[Report on the health of British troops in the Madras command]
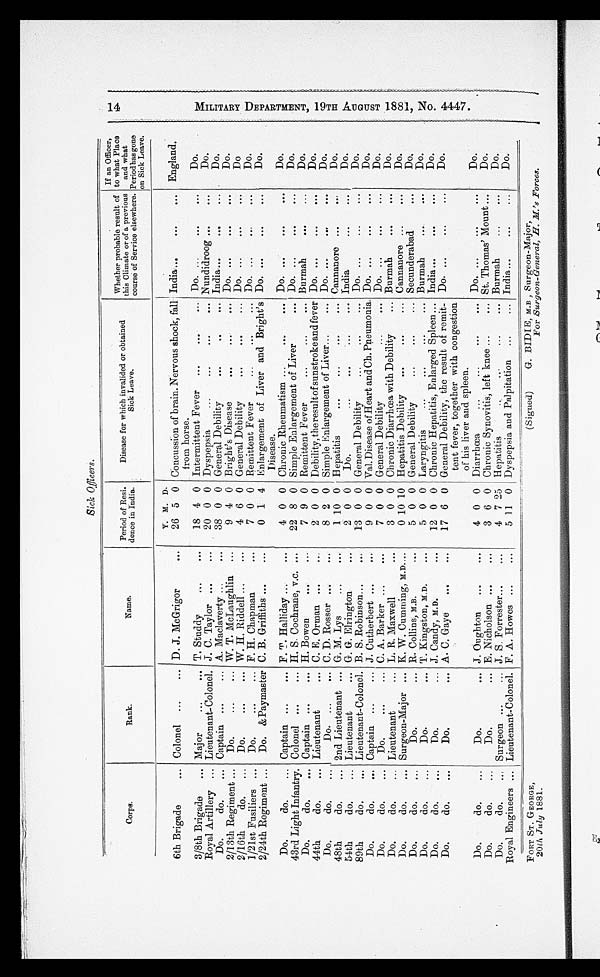
Sick Officers.
Corps.
Rank.
Name.
Period of Resi.
dence in India.
Disease for which invalided or obtained
Sick Leave.
Whether probable result of
this Climate or of a previous
course of Service elsewhere.
If an Officer,
to what Place
and what
Periodhas gone
on Sick Leave.
M I L I T A R Y D E P A R T M E N T , 1 9 T H A U G U S T 1 8 8 1 , N O . 4 4 4 7 .
6th Brigade
... Colonel ...
... D . J. McGrigor
...
Y.
26
M.
5
D.
0 Concussion of brain.
from horse.
Intermittent Fever
Nervous shock, fall India ...
...
... England.
3/8th Brigade
...
Major
...
...
T. Studdy
...
...
18 4 0
...
...
... Do. ...
...
...
Do.
Royal Artillery ...
Lieutenant-Colonel, J. C. Taylor ...
...
20 0 0 Dyspepsia
...
...
...
... Nundidroog ...
...
Do.
Do.
do.
Captain ...
... A. Maclaverty ...
...
38 0 0 General Debility
...
...
... India...
...
...
Do.
2/13th Regiment ...
Do.
...
...
W. T. McLaughlin ...
9 4 0 Bright's Disease
...
...
... Do. ...
...
...
Do.
2/16th
do. . . .
Do.
...
...
W. H. Riddell
...
...
4 6 0 General Debility
...
...
... Do. ...
...
...
Do.
1/21st Fusiliers ...
Do.
...
...
F. H. Chapman
...
7 0 0 Remittent Fever
... ...
... Do. ... ...
...
Do.
2/24th Regiment ...
Do. &Paymaster C. B. Griffiths ...
...
0 1 4 Enlargement of Liver and Bright's
Disease.
Do. ...
...
...
Do.
Do.
do.
...
Captain
...
...
F. T. Halliday ...
...
4 0 0 Chronic Rheumatism ...
...
... Do. ...
...
...
Do.
43rd Light Infantry. Colonel
...
...
...
... H. S. Cochrane, v.c. ...
22 8 0 Simple Enlargement of Liver
... Do. ...
...
...
Do.
Do.
do.
... Captain ...
... H. Bowen
...
...
7 9 0 Remittent Fever
...
...
... Burmah
...
...
Do.
44th
do.
...
Lieutenant
... C. E. Orman ...
...
2 0 0 Debility, the result of sunstroke and fever Do. ...
...
...
Do.
Do.
do.
...
Do.
...
...
C. D. Rosser
... ...
8 2 0 Simple Enlargement of Liver...
... Do. ...
...
...
Do.
48th
do.
...
2nd Lieutenant
...
... G. M. Lys
...
...
1 10 0 Hepatitis
...
...
...
... Cannanore ...
...
Do.
54th
do.
...
Lieutenant
... G. G. Elrington
...
2 0 0
Do.
...
...
...
... India
...
...
Do.
89th
do.
...
Lieutenant-Colonel. B. S. Robinson
...
...
13 0 0 General Debility
...
...
... Do. ...
...
...
Do.
Do.
do.
...
Captain
...
...
J. Cutherbert
...
...
9 0 0 Val. Disease of Heart and Ch. Pneumonia. Do. ...
...
...
Do.
Do.
do
...
Do.
...
...
C. A. Barker
...
...
7 0 0 General Debility
...
... Do. ...
...
...
Do.
Do.
do.
...
Lieutenant
...
L. R. Maxwell
...
3 0 0 Chronic Diarrhoea with Debility
... Burmah
...
...
Do.
Do.
do
... Surgeon-Major
... K. W. Cumming, M.D....
...
0 10 10 Hepatitis Debility
...
...
... Cannanore ...
...
Do.
Do.
do.
...
Do.
...
R. Collins, M.B.
...
5 0 0 General Debility
...
...
.... Secunderabad
...
Do.
Do.
do
...
Do.
...
T. Kingston, M.D
...
5 0 0 Laryngitis
... ...
...
...
Burmah
... ...
Do.
Do.
do.
...
Do.
...
J. Candy, M.D.
...
•.•
12 0 0 Chronic Hepatitis, Enlarged Spleen...
General Debility, the result of remit-
tent fever, together with congestion
of his liver and spleen.
Diarrhœa
India...
...
...
Do.
Do.
do.
...
Do.
...
A. C, Gaye
... ...
17 6 0
Do. ...
...
...
Do.
Do.
do
...
Do.
...
J.Oughton
... ...
4 0 0
Do. ...
... ...
Do.
Do.
do.
...
Do.
...
E. Nicholson
...
...
3 6 0 Chronic Synovitis, left knee ...
...
St. Thomas' Mount ...
Do.
Do.
do.
...
Surgeon
...
...
J. S. Forrester
... ...
4 7 25 Hepatitis
..
...
...
... Burmah
...
...
Do.
Royal Engineers ... Lieutenant-Colonel. F. A. Howes
... ... ...
5 11 0 Dyspepsia and Palpitation
...
... India...
...
...
Do.
FORT ST. GEORGE,
(Signed)
G. BIDIE,M.B , Surgeon-Major,
20th July 1881.
For Surgeon-General, .H. M.'s Forces.